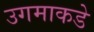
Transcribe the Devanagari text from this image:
उगमाकडे